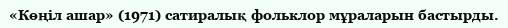
«Көңіл ашар» (1971) сатиралық фольклор мұраларын бастырды.